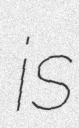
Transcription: is